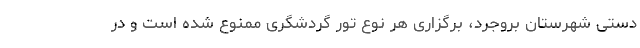
دستی شهرستان بروجرد، برگزاری هر نوع تور گردشگری ممنوع شده است و در